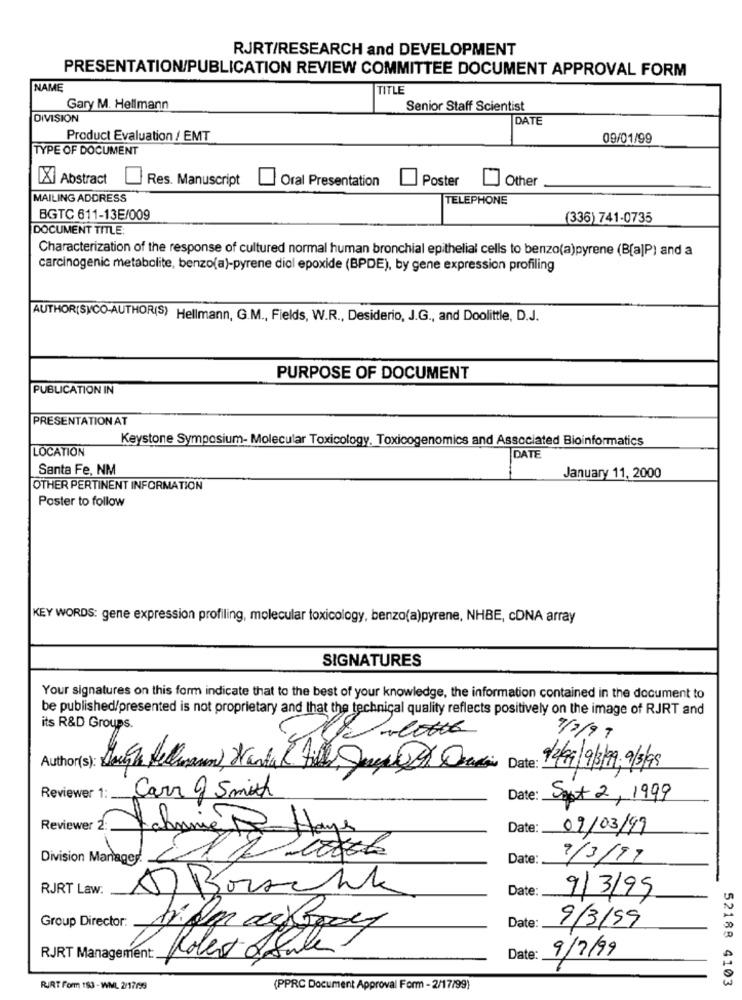
RJRT/RESEARCH and DEVELOPMENT
PRESENTATION/PUBLICATION REVIEW COMMITTEE DOCUMENT APPROVAL FORM
NAME
TITLE
Gary M. Hellmann
Senior Staff Scientist
DIVISION
DATE
Product Evaluation / EMT
09/01/99
TYPE OF DOCUMENT
X Abstract
Res. Manuscript
Oral Presentation
Poster
[] other
MAILING ADDRESS
TELEPHONE
BGTC 611-13E/009
(336) 741-0735
DOCUMENT TITLE:
Characterization of the response of cultured normal human bronchial epithelial cells to benzo(a)pyrene (B[a]P) and a
carcinogenic metabolite, benzo(a)-pyrene diol epoxide (BPDE), by gene expression profiling
AUTHOR(SVCO-AUTHOR(S) Hellmann, G.M ., Fields, W.R ., Desiderio, J.G ., and Doolittle, D.J.
PURPOSE OF DOCUMENT
PUBLICATION IN
PRESENTATION AT
Keystone Symposium- Molecular Toxicology, Toxicogenomics and Associated Bioinformatics
LOCATION
DATE
Santa Fe, NM
January 11, 2000
OTHER PERTINENT INFORMATION
Poster to follow
KEY WORDS: gene expression profiling, molecular toxicology, benzo(a)pyrene, NHBE, cDNA array
SIGNATURES
Your signatures on this form indicate that to the best of your knowledge, the information contained in the document to
be published/presented is not proprietary and that the technical quality reflects positively on the image of RJRT and
its R&D Groups.
Culotte
/2/99
Author(s): Dough Hellermann, Marta R Fille Jugar Creation Date:
: 12/09/9/9.9/3/98
Reviewer 1:
Carr 9 Smith
Date:
Saat 2, 1999
Reviewer 2 Tahminie Hayes
Date:
09/03/19
Division Manager
Date:
9/3/97
RJRT Law.
5) Borscht
Date:
9/3/99
Group Director:
Date
9/3/99
Roles ofSale
9/7/99
RJRT Management:
Date:
52188 4103
RIRT Form 183 - WML 2/17/99
(PPRC Document Approval Form - 2/17/99)